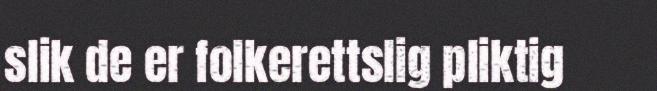
slik de er folkerettslig pliktig